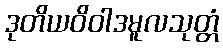
ဒုတိယဝိဝါဒမူလသုတ္တံ